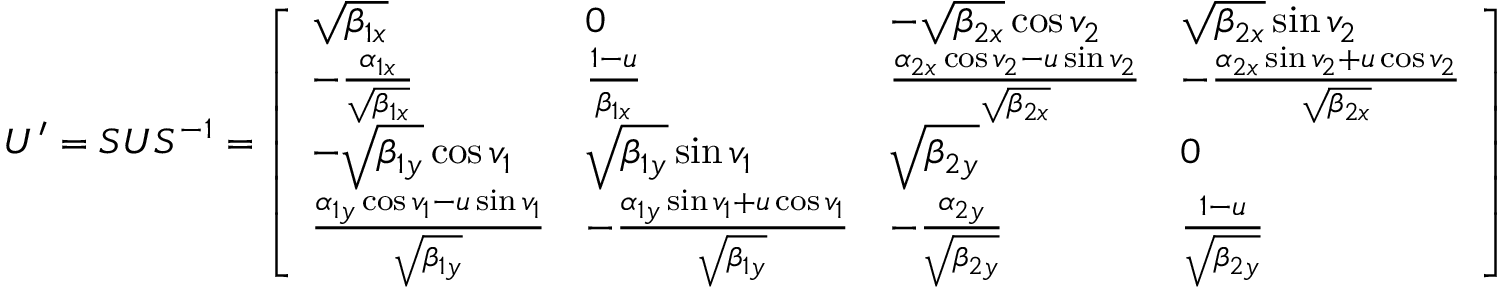
U ^ { \prime } = S U S ^ { - 1 } = \left[ \begin{array} { l l l l } { \sqrt { \beta _ { 1 x } } } & { 0 } & { - \sqrt { \beta _ { 2 x } } \cos v _ { 2 } } & { \sqrt { \beta _ { 2 x } } \sin v _ { 2 } } \\ { - \frac { \alpha _ { 1 x } } { \sqrt { \beta _ { 1 x } } } } & { \frac { 1 - u } { \beta _ { 1 x } } } & { \frac { \alpha _ { 2 x } \cos v _ { 2 } - u \sin v _ { 2 } } { \sqrt { \beta _ { 2 x } } } } & { - \frac { \alpha _ { 2 x } \sin v _ { 2 } + u \cos v _ { 2 } } { \sqrt { \beta _ { 2 x } } } } \\ { - \sqrt { \beta _ { 1 y } } \cos v _ { 1 } } & { \sqrt { \beta _ { 1 y } } \sin v _ { 1 } } & { \sqrt { \beta _ { 2 y } } } & { 0 } \\ { \frac { \alpha _ { 1 y } \cos v _ { 1 } - u \sin v _ { 1 } } { \sqrt { \beta _ { 1 y } } } } & { - \frac { \alpha _ { 1 y } \sin v _ { 1 } + u \cos v _ { 1 } } { \sqrt { \beta _ { 1 y } } } } & { - \frac { \alpha _ { 2 y } } { \sqrt { \beta _ { 2 y } } } } & { \frac { 1 - u } { \sqrt { \beta _ { 2 y } } } } \end{array} \right]